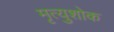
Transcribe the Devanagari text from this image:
मृत्युशोक